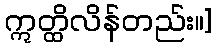
ဣတ္ထိလိန်တည်း။]